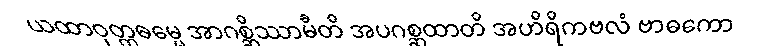
ယထာဝုတ္တဓမ္မေ အာဂစ္ဆိဿာမီတိ အပဂစ္ဆထာတိ အဟိရိကဗလံ ဗာဓကော